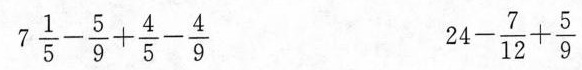
7\frac{1}{5}-\frac{5}{9}+\frac{4}{5}-\frac{4}{9} 24-\frac{7}{12}+\frac{5}{9}